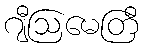
ဂျီဩမေတြီ